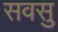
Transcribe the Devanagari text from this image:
सवसु